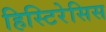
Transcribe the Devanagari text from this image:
हिस्टिरेसिस